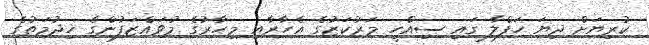
ކުރިޔަށް ދިޔަ ހަފްލާ ގައި ސިއްހީ މަރުކަޒުގެ އެހާރާއި މިހާރުގެ މުވައްޒަފުންގެ ޚިދުމަތުގެ